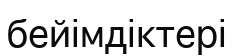
бейімдіктері